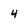
Character: 4